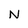
Character: N